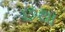
છથા